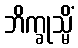
ဘိက္ခုသ္မိံ